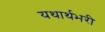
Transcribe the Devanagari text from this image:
यथार्थभरी